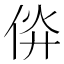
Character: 㑞